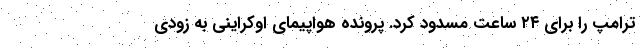
ترامپ را برای ۲۴ ساعت مسدود کرد. پرونده هواپیمای اوکراینی به زودی